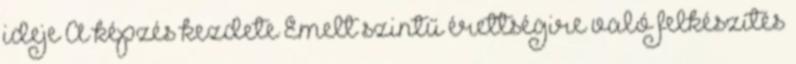
ideje A képzés kezdete Emelt szintű érettségire való felkészítés